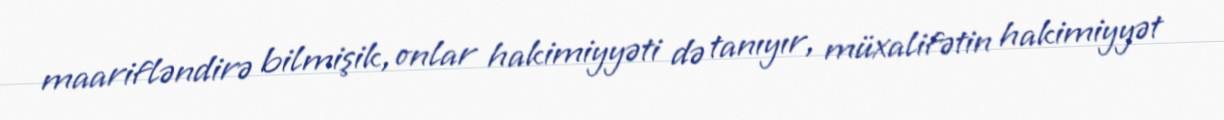
maarifləndirə bilmişik, onlar hakimiyyəti də tanıyır, müxalifətin hakimiyyət